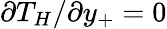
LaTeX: \partial T_{H}/\partial y_{+}=0